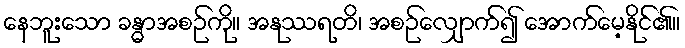
နေဘူးသော ခန္ဓာအစဉ်ကို။ အနုဿရတိ၊ အစဉ်လျှောက်၍ အောက်မေ့နိုင်၏။